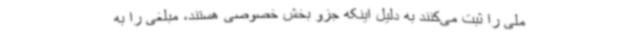
ملی را ثبت می‌کنند به دلیل اینکه جزو بخش خصوصی هستند، مبلغی را به